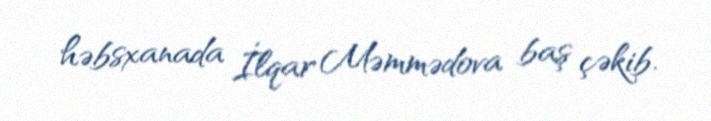
həbsxanada İlqar Məmmədova baş çəkib.